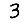
Digit: 3